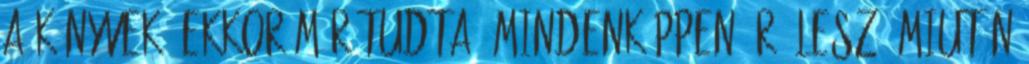
a könyvek. Ekkor már tudta: mindenképpen író lesz. Miután